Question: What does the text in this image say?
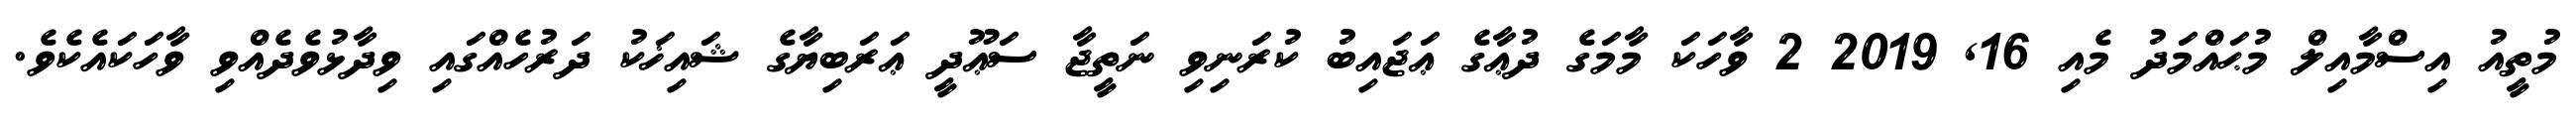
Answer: މުތީއު އިސްމާއިލް މުޙައްމަދު މެއި 16, 2019 2 ވާހަކަ މާމަގެ ދުޢާގެ ޢަޖައިބު ކުރަނިވި ނަތީޖާ ސަޢޫދީ ޢަރަބިޔާގެ ޝައިޚަކު ދަރުހެއްގައި ވިދާޅުވެދެއްވި ވާހަކައެކެވެ.